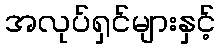
အလုပ်ရှင်များနှင့်